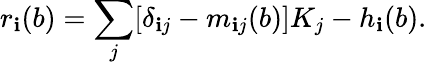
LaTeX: r_{\mathbf{i}}(b)=\sum_{j}[\delta_{\mathbf{i}j}-m_{\mathbf{i}j}(b)]K_{j}-h_{\mathbf{i}}(b).